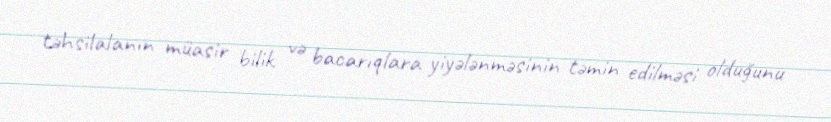
təhsilalanın müasir bilik və bacarıqlara yiyələnməsinin təmin edilməsi olduğunu